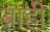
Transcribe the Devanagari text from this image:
ब्राही